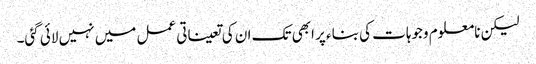
لیکن نامعلوم وجوہات کی بناء پر ابھی تک ان کی تعیناتی عمل میں نہیں لائی گئی۔